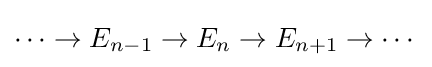
\cdots \to E_{n-1}\to E_{n}\to E_{n+1}\to \cdots